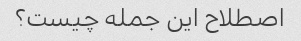
اصطلاح این جمله چیست؟